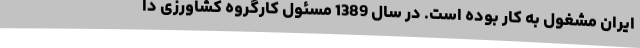
ایران مشغول به کار بوده است. در سال 1389 مسئول کارگروه کشاورزی دا